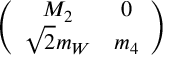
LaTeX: \left( \begin{array} { c c } { { M _ { 2 } } } & { { 0 } } \\ { { \sqrt { 2 } m _ { W } } } & { { m _ { 4 } } } \end{array} \right)